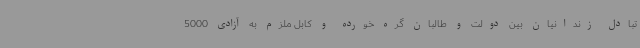
تبادل زندانیان بین دولت و طالبان گره خورده و کابل ملزم به آزادی 5000